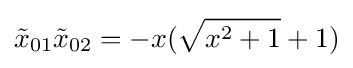
{\tilde {x}}_{01}{\tilde {x}}_{02}=-x({\sqrt {x^{2}+1}}+1)